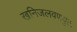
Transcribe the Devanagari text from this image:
खनिजलवणयुक्त